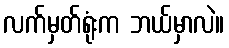
လက်မှတ်ရုံးက ဘယ်မှာလဲ။